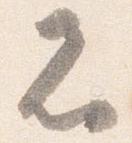
者